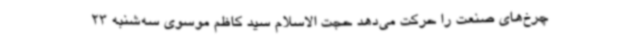
چرخ‌های صنعت را حرکت می‌دهد حجت الاسلام سید کاظم موسوی سه‌شنبه 23